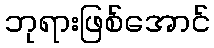
ဘုရားဖြစ်အောင်